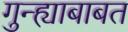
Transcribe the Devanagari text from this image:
गुन्ह्याबाबत